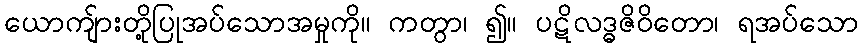
ယောကျ်ားတို့ပြုအပ်သောအမှုကို။ ကတွာ၊ ၍။ ပဋိလဒ္ဓဇိဝိတော၊ ရအပ်သော